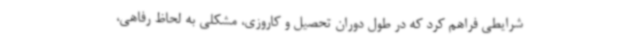
شرایطی فراهم کرد که در طول دوران تحصیل و کاروزی، مشکلی به لحاظ رفاهی،